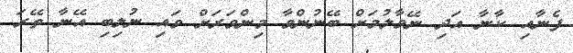
ފެނާއި ކާނާ އަދި ނޭވާލުމަށް ބޭނުންވާ މިންވަރަށް ވައި ނުލިބި އޭނާ ތޭރަ